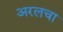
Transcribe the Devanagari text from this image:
अरलचा